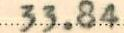
33.84